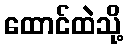
ထောင်ထဲသို့